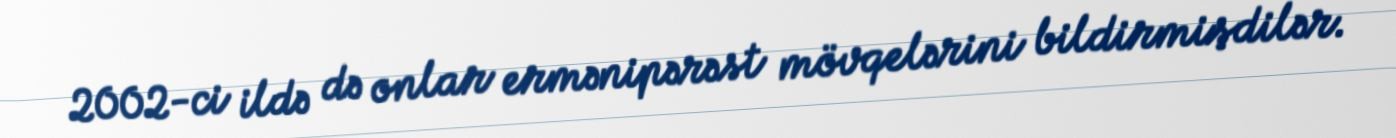
2002-ci ildə də onlar ermənipərəst mövqelərini bildirmişdilər.